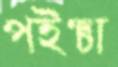
পইঞ্চা